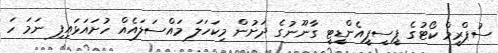
ސުޕްރީމް ކޯޓުގެ ޕީސީޕީއެންޑީޓީ ގާނޫނުގެ ދަށުން މިކަހަލަ މައްސަލައެއް ހުށައަޅައިފި ނަމަ ހަ